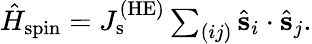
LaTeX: \begin{array}{r}{\hat{H}_{\mathrm{spin}}=J_{\mathrm{s}}^{\mathrm{(HE)}}\sum_{(ij)}\hat{\mathbf s}_{i}\cdot\hat{\mathbf s}_{j}.}\end{array}